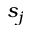
s _ { j }